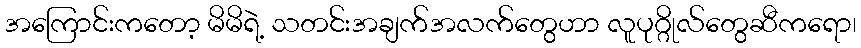
အကြောင်းကတော့ မိမိရဲ့ သတင်းအချက်အလက်တွေဟာ လူပုဂ္ဂိုလ်တွေဆီကရော၊